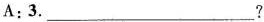
A:3.___?